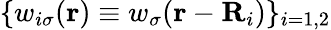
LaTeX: \{ w_{i\sigma}(\textbf{r})\equiv w_{\sigma}(\textbf{r}-\textbf{R}_{i})\} _{i=1,2}